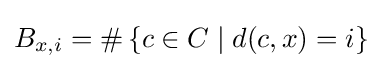
B_{x,i}=\#\left\lbrace c\in C\mid d(c,x)=i\right\rbrace